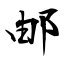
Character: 邮